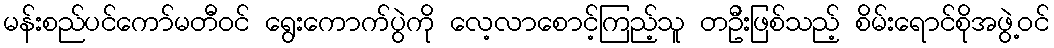
မန်းစည်ပင်ကော်မတီဝင် ရွေးကောက်ပွဲကို လေ့လာစောင့်ကြည့်သူ တဦးဖြစ်သည့် စိမ်းရောင်စိုအဖွဲ့ဝင်